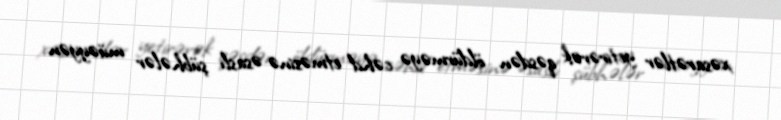
xəsarətlər yetirərək qəsdən öldürməyə cəhd etməsinə əsaslı şübhələr müəyyən